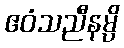
ဧဝံသညီနမ္ပိ